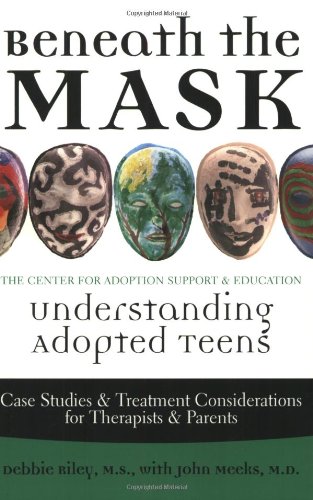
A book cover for Beneath the Mask: Understanding Adopted Teens; Debbie Riley; Parenting & Relationships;